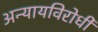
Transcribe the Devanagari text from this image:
अन्यायविरोधी